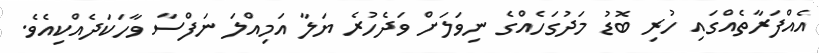
އެއްފަރާތެއްގައި ހުރި ބޮޑު މަދުގަހެއްގެ ނިވަލަށް ވަދެހުރެ ޔަލާ އަމިއްލަ ނަފްސާ ވާހަކަދެއްކިއެވެ.